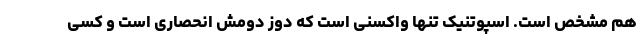
هم مشخص است. اسپوتنیک تنها واکسنی است که دوز دومش انحصاری است و کسی